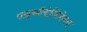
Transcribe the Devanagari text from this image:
साइकॉलोजिज़ेशन